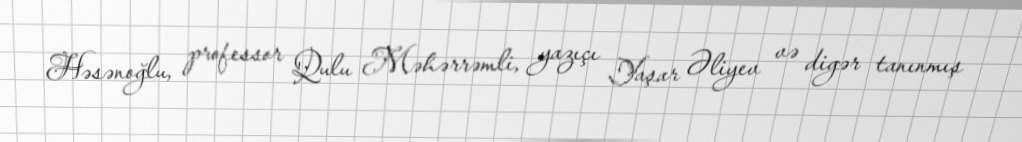
Həsənoğlu, professor Qulu Məhərrəmli, yazıçı Yaşar Əliyev və digər tanınmış